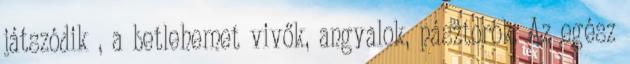
játszódik , a betlehemet vivők, angyalok, pásztorok. Az egész